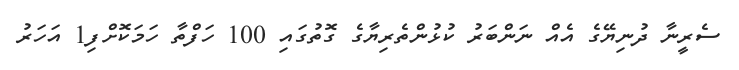
ސެރީނާ ދުނިޔޭގެ އެއް ނަންބަރު ކުޅުންތެރިޔާގެ ގޮތުގައި 100 ހަފްތާ ހަމަކޮށްފި1 އަހަރު